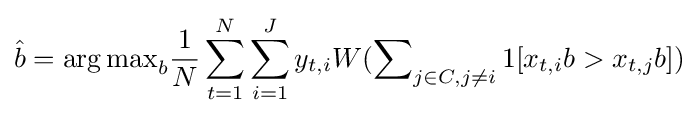
{\hat {b}}={\operatorname {arg\max } }_{b}{\frac {1}{N}}\sum _{t=1}^{N}\sum _{i=1}^{J}y_{t,i}W(\sum \nolimits _{j\in C,j\neq i}1[x_{t,i}b>x_{t,j}b])